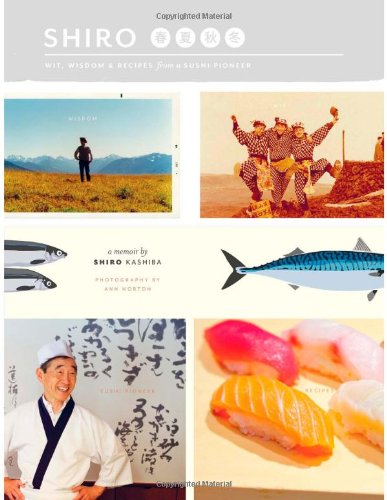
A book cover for Shiro: Wit, Wisdom and Recipes from a Sushi Pioneer; Shiro Kashiba; Humor & Entertainment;